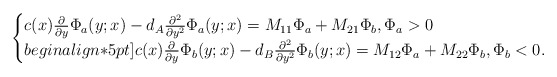
\begin{align*} \begin{cases} c(x)\frac{\partial}{\partial y}\Phi_a(y;x)-d_A\frac{\partial^2}{\partial y^2}\Phi_a(y;x) = M_{11}\Phi_a+M_{21}\Phi_b,\Phi_a>0 \\begin{align*}5pt] c(x)\frac{\partial}{\partial y}\Phi_b(y;x)-d_B\frac{\partial^2}{\partial y^2}\Phi_b(y;x) = M_{12}\Phi_a+M_{22}\Phi_b,\Phi_b<0. \end{cases}\end{align*}